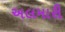
અલમારી